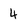
Character: 4